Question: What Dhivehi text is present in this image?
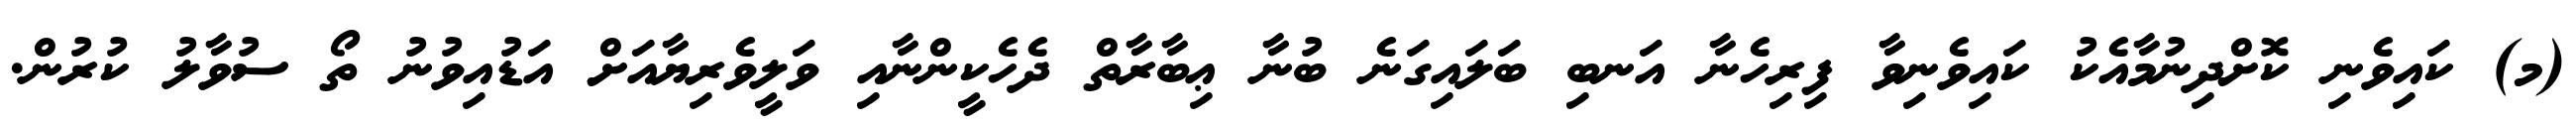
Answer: (މ) ކައިވެނި ކޮށްދިނުމާއެކު ކައިވެނިވާ ފިރިހެނާ އަނބި ބަލައިގަނެ ބުނާ ޢިބާރާތް ދެހެކީންނާއި ވަލީވެރިޔާއަށް އަޑުއިވުނު ތޯ ސުވާލު ކުރުން.